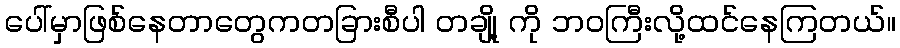
ပေါ်မှာဖြစ်နေတာတွေကတခြားစီပါ တချို့ ကို ဘဝကြီးလို့ထင်နေကြတယ်။